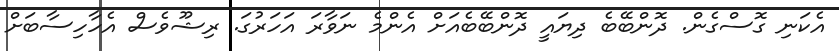
އެކަނި ގޮސްގެން. ދޮންބޭބެ ދިޔައީ ދޮންބޭބެއަށް އެންމެ ނަވާރަ އަހަރުގަ. ރިޝޫވެސް އެހާހިސާބަށް